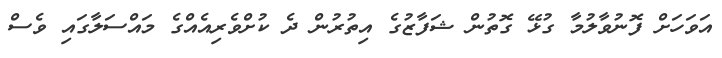
އަވަހަށް ފޮނުވާލުމާ ގުޅޭ ގޮތުން ޝަފާޒުގެ އިތުރުން ދެ ކުށްވެރިއެއްގެ މައްސަލާގައި ވެސް